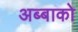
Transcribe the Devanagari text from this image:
अब्बाको